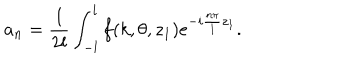
a _ { n } = \frac { 1 } { 2 l } \int _ { - l } ^ { l } f ( k , \theta , z _ { 1 } ) e ^ { - i \frac { n \pi } { l } z _ { 1 } } .